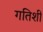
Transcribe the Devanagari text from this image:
गतिशी